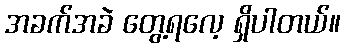
အခက်အခဲ တွေ့ရလေ့ ရှိပါတယ်။